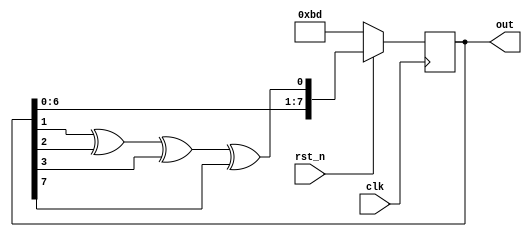
`timescale 1ns/1ps

module Many_To_One_LFSR(clk, rst_n, out);
input clk;
input rst_n;
output reg [8-1:0] out;

reg r;
always @(posedge clk) begin
    if (rst_n)
        out <= {out[6:0], out[1] ^ out[2] ^ out[3] ^ out[7]};
    else
        out <= 8'b10111101;
end

endmodule